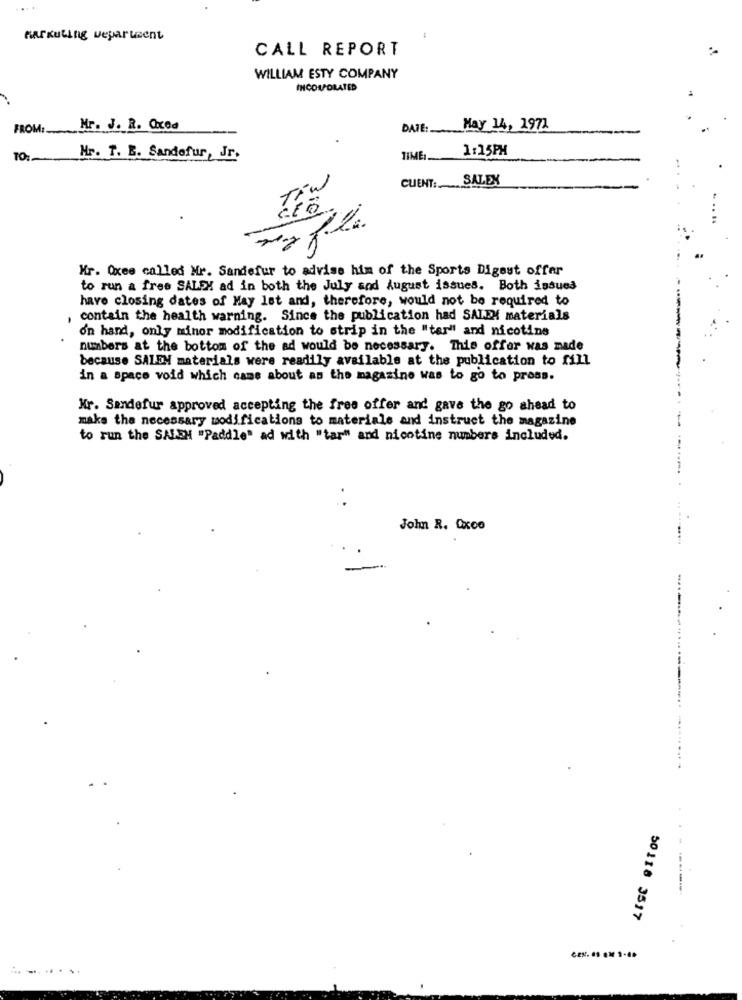
HarKULing weparteent
CALL REPORT
WILLIAM ESTY COMPANY
INCORPORATED
FROM :_
Mr. J. R. Cxoa
DATE:
May 14, 1971
1:15PM
TO:
Mr. T. E. Sandofur, Jr.
TIME :.
CUENT:SALEX
Mr. Oxee called Mr. Sandefur to advise him of the Sports Digest offer
to run a free SALEH ad in both the July and August issues. Both issues
have closing dates of May let and, therefore, would not be required to
, contain the health warning. Since the publication had SALEM materials
on hand, only minor modification to strip in the "tar" and nicotine
numbers at the bottom of the ad would be necessary. This offer was made
because SALEN materials were readily available at the publication to fill
in a space void which came about as the magazine was to go to press.
Hr. Sandefur approved accepting the free offer and gave the go ahead to
make the necessary modifications to materials and instruct the magazine
to run the SALEH "Paddle" ad with "tar" and nicotine numbers included.
John R. Oxco
50118 3517
... ........